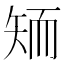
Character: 𱳝